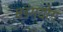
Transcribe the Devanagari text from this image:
षडंगयोग